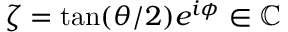
\zeta = \tan ( \theta / 2 ) e ^ { i \phi } \in \mathbb { C }